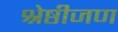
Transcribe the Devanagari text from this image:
श्रेष्ठीजण